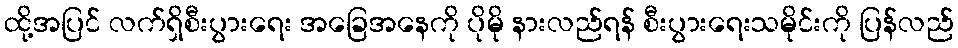
ထို့အပြင် လက်ရှိစီးပွားရေး အခြေအနေကို ပိုမို နားလည်ရန် စီးပွားရေးသမိုင်းကို ပြန်လည်